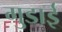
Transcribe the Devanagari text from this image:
गुडाई